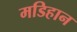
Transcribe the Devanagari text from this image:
मडिहान